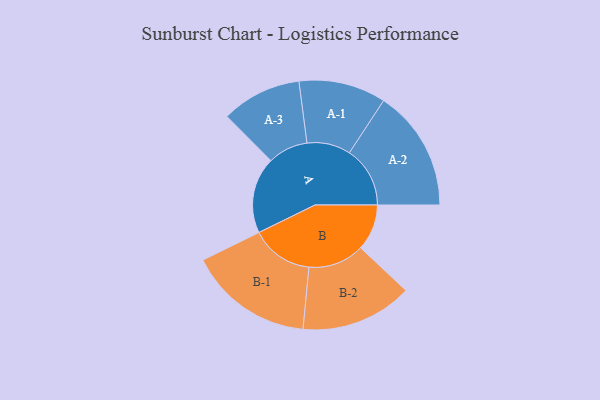
{"axis": {"x": "Segment", "y": "Value"}, "legend": ["", "A", "B"], "data": [{"x": "A", "y": 259, "type": ""}, {"x": "B", "y": 157, "type": ""}, {"x": "A-1", "y": 148, "type": "A"}, {"x": "A-2", "y": 206, "type": "A"}, {"x": "A-3", "y": 136, "type": "A"}, {"x": "B-1", "y": 212, "type": "B"}, {"x": "B-2", "y": 190, "type": "B"}]}